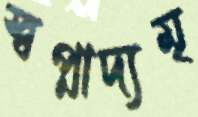
স্বপ্নাদ্যমৃ